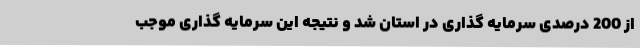
از 200 درصدی سرمایه گذاری در استان شد و نتیجه این سرمایه گذاری موجب